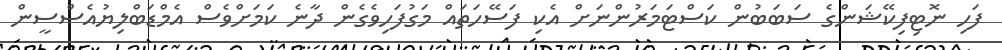
ފަހި ނޮޓިފިކޭޝަންގެ ސަބަބުން ކަސްޓަމަރުންނަށް އެކި ފަސޭހަތައް މަގުފަހިވެގެން ދާނެ ކަމަށްވެސް އެމްޑަބްލިޔުއެސްސީން